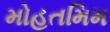
મોહતમિમ